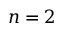
n = 2